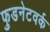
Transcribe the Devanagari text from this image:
फुडनेटवर्क